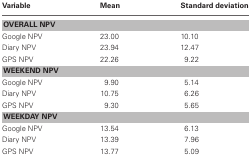
| Variable | Mean | Standard deviation |
 | --- | --- | --- |
 | <COLSPAN=3> OVERALL NPV |
 | Google NPV | 23.00 | 10.10 |
 | Diary NPV | 23.94 | 12.47 |
 | GPS NPV | 22.26 | 9.22 |
 | <COLSPAN=3> WEEKEND NPV |
 | Google NPV | 9.90 | 5.14 |
 | Diary NPV | 10.75 | 6.26 |
 | GPS NPV | 9.30 | 5.65 |
 | <COLSPAN=3> WEEKDAY NPV |
 | Google NPV | 13.54 | 6.13 |
 | Diary NPV | 13.39 | 7.96 |
 | GPS NPV | 13.77 | 5.09 |